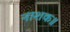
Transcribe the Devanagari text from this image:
नाशक॥